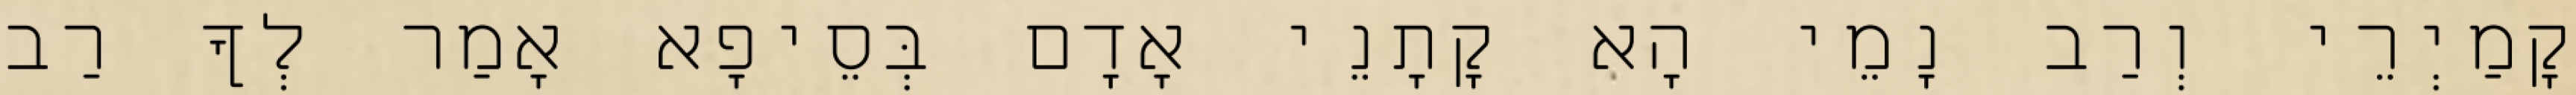
קָמַיְרֵי וְרַב נָמֵי הָא קָתָנֵי אָדָם בְּסֵיפָא אָמַר לְךָ רַב